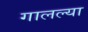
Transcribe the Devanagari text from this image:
गालल्या